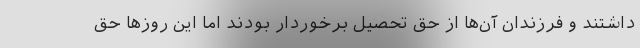
داشتند و فرزندان آن‌ها از حق تحصیل برخوردار بودند اما این روزها حق